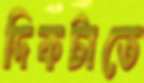
দিকটাতে